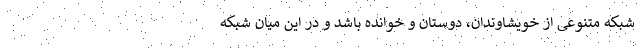
شبکه متنوعی از خویشاوندان، دوستان و خوانده باشد و در این میان شبکه